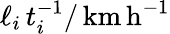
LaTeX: \ell_{i}\, t_{i}^{-1}/\, \mathrm{km\, h}^{-1}